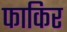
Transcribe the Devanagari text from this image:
फाकिर